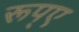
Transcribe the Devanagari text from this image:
रूप्ए